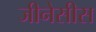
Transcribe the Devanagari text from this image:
जीनेसीस